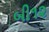
બી૧૨